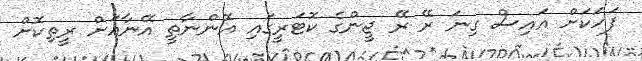
ފަހަކަށް އައިސް ގިނަ ރޭ ރޭ ޖީންގެ ކޮޓަރީގައި އޮންނާތީ އޭނާއަށް ރީތިކޮށް